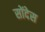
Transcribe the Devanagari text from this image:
सोंदेस